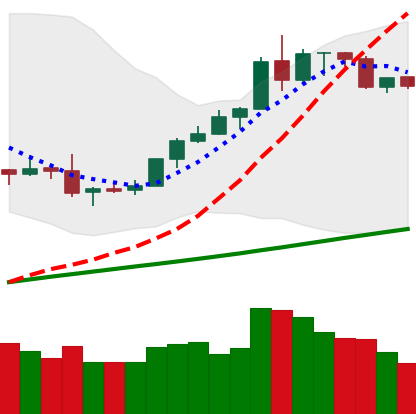
Ticker: BTC-USD
Chart end date: 2019-08-12
Forward return: -10.111%
Label: down_7plus